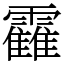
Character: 靃